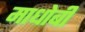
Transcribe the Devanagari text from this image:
माधोबी